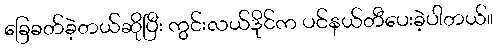
ခြေခတ်ခဲ့တယ်ဆိုပြီး ကွင်းလယ်ဒိုင်က ပင်နယ်တီပေးခဲ့ပါတယ်။